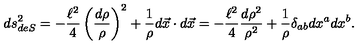
d s _ { d e S } ^ { 2 } = - { \frac { \ell ^ { 2 } } { 4 } } \left( { \frac { d \rho } { \rho } } \right) ^ { 2 } + { \frac { 1 } { \rho } } d \vec { x } \cdot d \vec { x } = - { \frac { \ell ^ { 2 } } { 4 } } { \frac { d \rho ^ { 2 } } { \rho ^ { 2 } } } + { \frac { 1 } { \rho } } \delta _ { a b } d x ^ { a } d x ^ { b } .